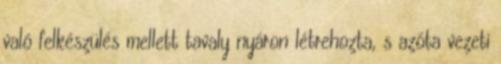
való felkészülés mellett tavaly nyáron létrehozta, s azóta vezeti